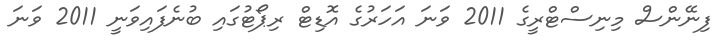
ފިނޭންސް މިނިސްޓްރީގެ 2011 ވަނަ އަހަރުގެ އޮޑިޓް ރިޕޯޓުގައި ބުނެފައިވަނީ 2011 ވަނަ